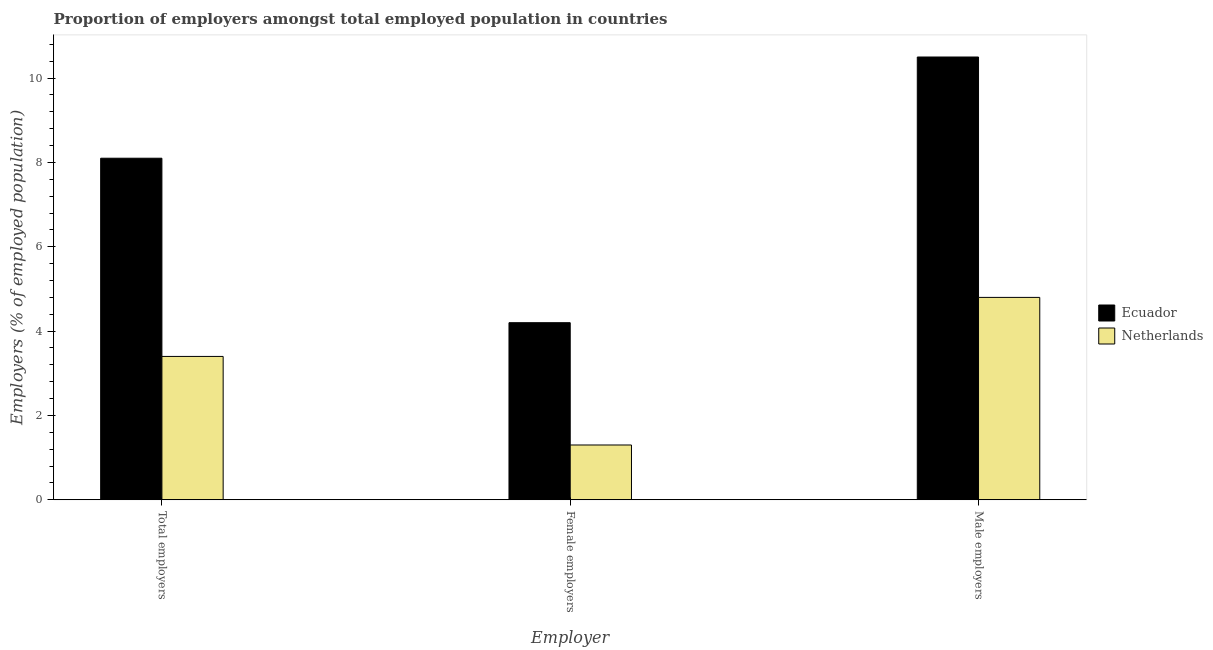
| Employer | Ecuador | Netherlands |
 | --- | --- | --- |
 | Total employers | 8.1 | 3.4 |
 | Female employers | 4.2 | 1.3 |
 | Male employers | 10.5 | 4.8 |